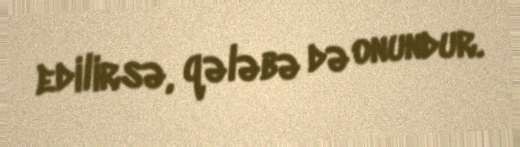
edilirsə, qələbə də onundur.